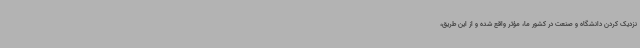
نزدیک کردن دانشگاه و صنعت در کشور ما، مؤثر واقع شده و از این طریق،